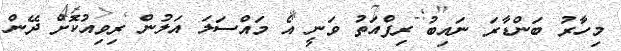
މިހާރު ބަންޑާރަ ނައިބު ރިފްއަތު ވަނީ އެ މައްސަލަ އަލުން ރިވިއުކޮށް ދޭން